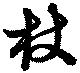
杖